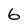
Character: 6